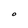
Character: O